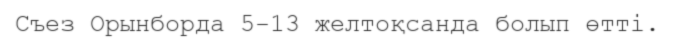
Съез Орынборда 5-13 желтоқсанда болып өтті.